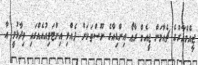
ޖީއެމްއާރުގެ ޗެއާމަން ޖީއެމް ރާއޯ އިންޑިއާގެ ނޫސްތަކަށް ދެއްވި އިންޓަވިއުއެއްގައި ވިދާޅުވީ އާ